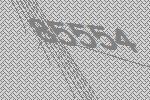
85554